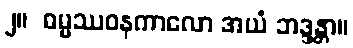
၂။  ဓမ္မဿဝနကာလော အယံ ဘဒ္ဒန္တာ။